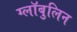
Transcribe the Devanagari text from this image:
ग्लॉबुलिन